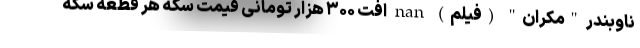
ناوبندر "مکران" (فیلم) nan افت ۳۰۰ هزار تومانی قیمت سکه هر قطعه سکه